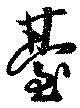
台